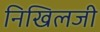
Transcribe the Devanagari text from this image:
निखिलजी